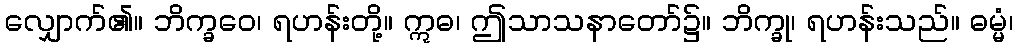
လျှောက်၏။ ဘိက္ခဝေ၊ ရဟန်းတို့။ ဣဓ၊ ဤသာသနာတော်၌။ ဘိက္ခု၊ ရဟန်းသည်။ ဓမ္မံ၊